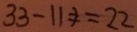
3 3 - 1 1 \neq = 2 2